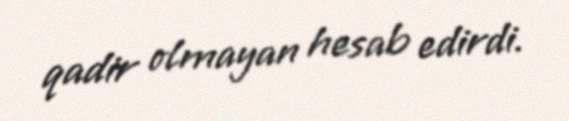
qadir olmayan hesab edirdi.